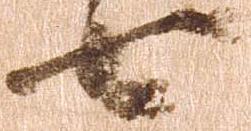
七